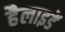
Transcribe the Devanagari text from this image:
हैलाइडें